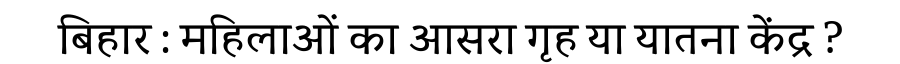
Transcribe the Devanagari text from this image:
बिहार : महिलाओं का आसरा गृह या यातना केंद्र ?